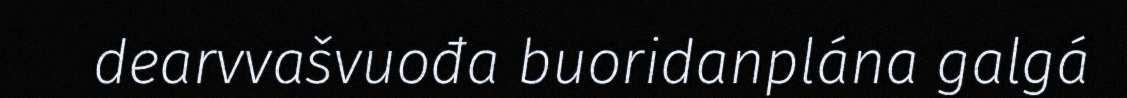
dearvvašvuođa buoridanplána galgá